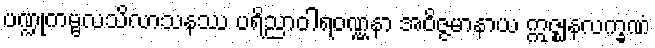
ပဏ္ဍုကမ္ဗလသိလာသနဿ ပရိညာဝါရဝဏ္ဏနာ အဝိဇ္ဇမာနာယ ဣဇ္ဈနလက္ခဏံ